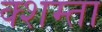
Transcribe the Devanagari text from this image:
क्शम्ता